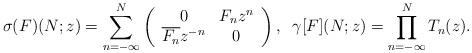
LaTeX: \begin{align*}\sigma(F)(N;z)=\sum_{n=-\infty}^N\left(\begin{array}{cc}0 & F_n z^n \\\overline{F_n} z^{-n} & 0\end{array}\right),\;\;\gamma[F](N;z)=\prod_{n=-\infty}^N T_n(z).\end{align*}